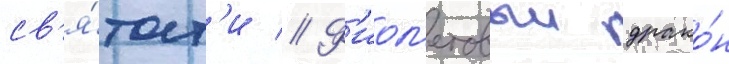
св'я́тост'и // Ф'иол'етовыи драко́н